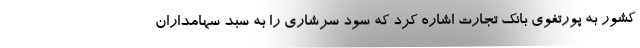
کشور به پورتفوی بانک تجارت اشاره کرد که سود سرشاری را به سبد سهامداران